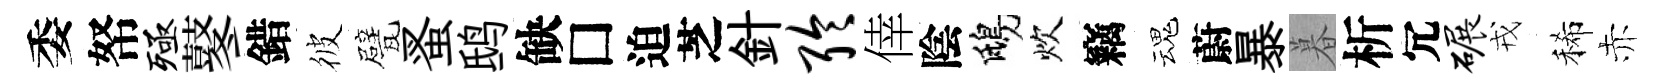
委帑殛鼕錯彼甓蚤鸱缺□迫芝針聆倖陰鴟炊竊魂蔚暴暮析冗碾戎稀赤